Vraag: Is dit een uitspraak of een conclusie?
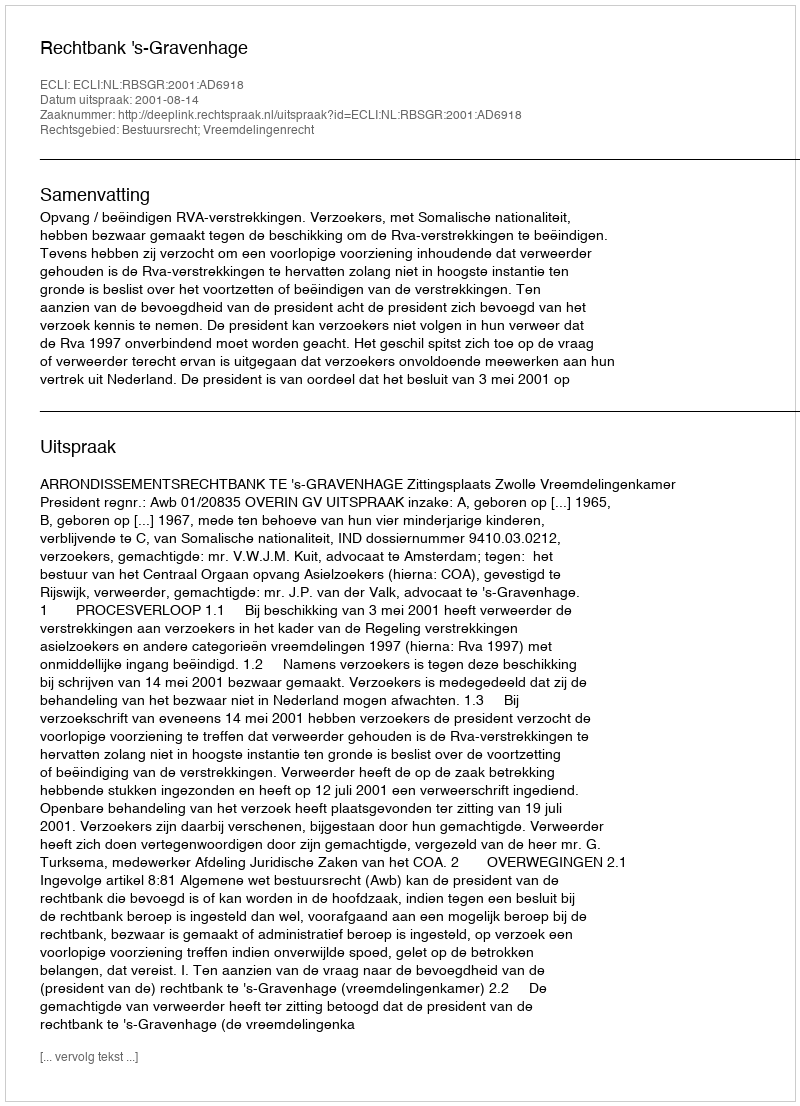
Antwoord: Uitspraak